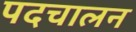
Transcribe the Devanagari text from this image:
पदचालन